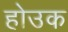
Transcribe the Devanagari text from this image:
होउक